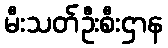
မီးသတ်ဦးစီးဌာန